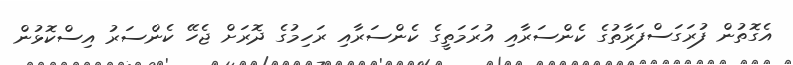
އެގޮތުން ފުރަގަސްފަރާތުގެ ކެންސަރާއި އުރަމަތީގެ ކެންސަރާއި ރަހިމުގެ ދޮރަށް ޖެހޭ ކެންސަރު އިސްކޮޅުން